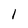
Character: 1